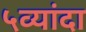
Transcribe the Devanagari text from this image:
५व्यांदा